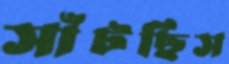
সাঁটছিস